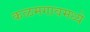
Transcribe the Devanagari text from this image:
कळमगावमध्ये